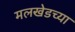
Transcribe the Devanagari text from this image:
मलखेडच्या